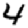
Digit: 4